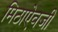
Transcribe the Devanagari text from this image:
मिठाऐवजी